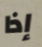
إذا